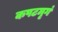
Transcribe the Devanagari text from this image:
कपटमृगं